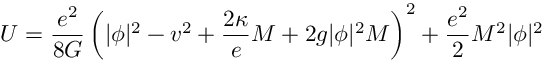
U = \frac { e ^ { 2 } } { 8 G } \left( | \phi | ^ { 2 } - v ^ { 2 } + \frac { 2 \kappa } e M + 2 g | \phi | ^ { 2 } M \right) ^ { 2 } + \frac { e ^ { 2 } } 2 M ^ { 2 } | \phi | ^ { 2 }